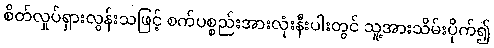
စိတ်လှုပ်ရှားလွန်းသဖြင့် စက်ပစ္စည်းအားလုံးနီးပါးတွင် သူ့အားသိမ်းပိုက်၍